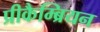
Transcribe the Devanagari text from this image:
प्रीकैम्ब्रियन